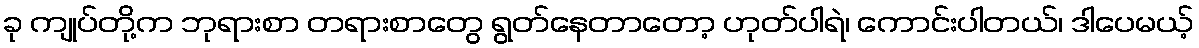
ခု ကျုပ်တို့က ဘုရားစာ တရားစာတွေ ရွတ်နေတာတော့ ဟုတ်ပါရဲ၊ ကောင်းပါတယ်၊ ဒါပေမယ့်